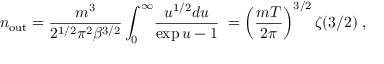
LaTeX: n _ { \mathrm { o u t } } = { \frac { m ^ { 3 } } { 2 ^ { 1 / 2 } \pi ^ { 2 } \beta ^ { 3 / 2 } } } \int _ { 0 } ^ { \infty } \! { \frac { u ^ { 1 / 2 } d u } { \exp u - 1 } } \; = \left( { \frac { m T } { 2 \pi } } \right) ^ { 3 / 2 } \zeta ( 3 / 2 ) \; ,